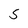
Character: 5